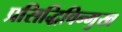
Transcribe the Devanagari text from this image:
प्रसिद्धिविन्मुख